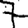
Digit: 7